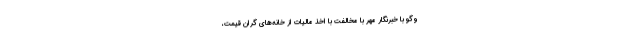
وگو با خبرنگار مهر با مخالفت با اخذ مالیات از خانه‌های گران قیمت،